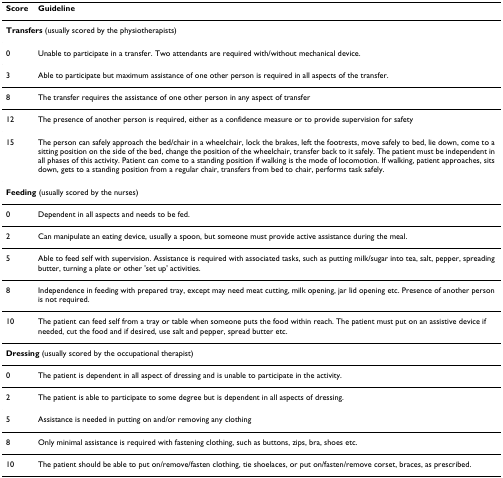
<table><thead><tr><td><b>Score</b></td><td><b>Guideline</b></td></tr></thead><tbody><tr><td colspan="2"><b>Transfers </b>(usually scored by the physiotherapists)</td></tr><tr><td>0</td><td>Unable to participate in a transfer. Two attendants are required with/without mechanical device.</td></tr><tr><td>3</td><td>Able to participate but maximum assistance of one other person is required in all aspects of the transfer.</td></tr><tr><td>8</td><td>The transfer requires the assistance of one other person in any aspect of transfer</td></tr><tr><td>12</td><td>The presence of another person is required, either as a confidence measure or to provide supervision for safety</td></tr><tr><td>15</td><td>The person can safely approach the bed/chair in a wheelchair, lock the brakes, left the footrests, move safely to bed, lie down, come to a sitting position on the side of the bed, change the position of the wheelchair, transfer back to it safely. The patient must be independent in all phases of this activity. Patient can come to a standing position if walking is the mode of locomotion. If walking, patient approaches, sits down, gets to a standing position from a regular chair, transfers from bed to chair, performs task safely.</td></tr><tr><td colspan="2"><b>Feeding </b>(usually scored by the nurses)</td></tr><tr><td>0</td><td>Dependent in all aspects and needs to be fed.</td></tr><tr><td>2</td><td>Can manipulate an eating device, usually a spoon, but someone must provide active assistance during the meal.</td></tr><tr><td>5</td><td>Able to feed self with supervision. Assistance is required with associated tasks, such as putting milk/sugar into tea, salt, pepper, spreading butter, turning a plate or other &#x27;set up&#x27; activities.</td></tr><tr><td>8</td><td>Independence in feeding with prepared tray, except may need meat cutting, milk opening, jar lid opening etc. Presence of another person is not required.</td></tr><tr><td>10</td><td>The patient can feed self from a tray or table when someone puts the food within reach. The patient must put on an assistive device if needed, cut the food and if desired, use salt and pepper, spread butter etc.</td></tr><tr><td colspan="2"><b>Dressing </b>(usually scored by the occupational therapist)</td></tr><tr><td>0</td><td>The patient is dependent in all aspect of dressing and is unable to participate in the activity.</td></tr><tr><td>2</td><td>The patient is able to participate to some degree but is dependent in all aspects of dressing.</td></tr><tr><td>5</td><td>Assistance is needed in putting on and/or removing any clothing</td></tr><tr><td>8</td><td>Only minimal assistance is required with fastening clothing, such as buttons, zips, bra, shoes etc.</td></tr><tr><td>10</td><td>The patient should be able to put on/remove/fasten clothing, tie shoelaces, or put on/fasten/remove corset, braces, as prescribed.</td></tr></tbody></table>